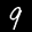
Label: 9